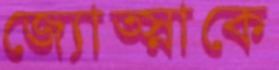
জ্যোত্স্নাকে